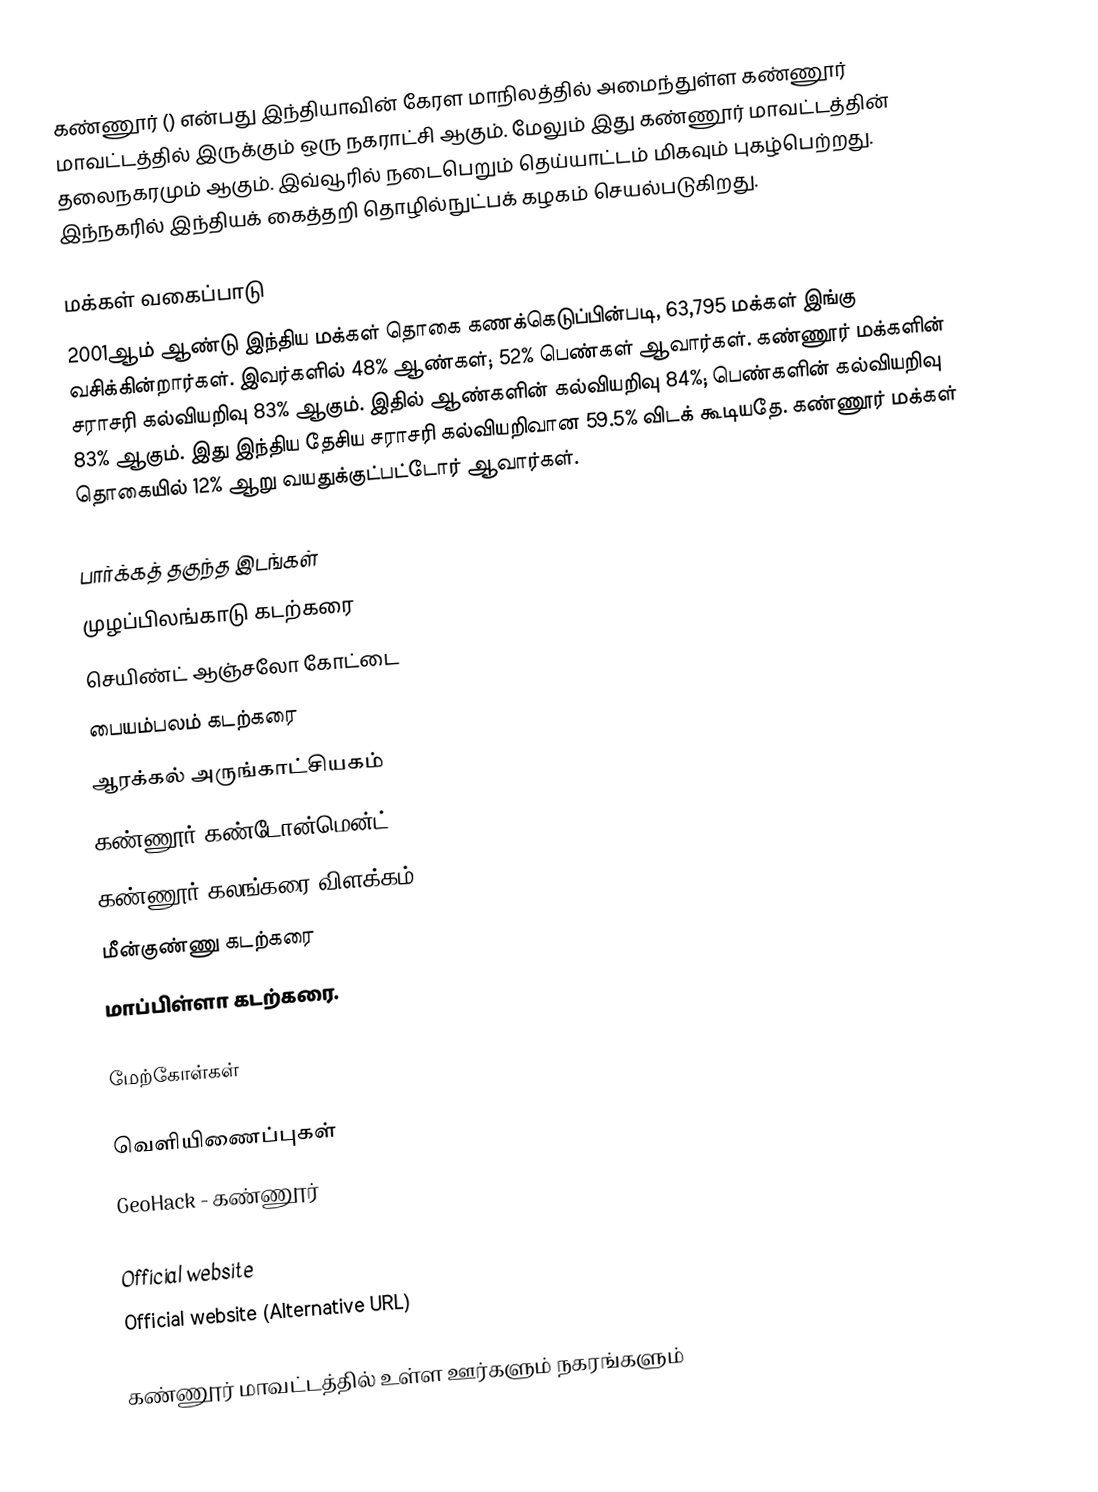
கண்ணூர் () என்பது இந்தியாவின் கேரள மாநிலத்தில் அமைந்துள்ள கண்ணூர் மாவட்டத்தில் இருக்கும் ஒரு நகராட்சி ஆகும். மேலும் இது கண்ணூர் மாவட்டத்தின் தலைநகரமும் ஆகும். இவ்வூரில் நடைபெறும் தெய்யாட்டம் மிகவும் புகழ்பெற்றது. இந்நகரில் இந்தியக் கைத்தறி தொழில்நுட்பக் கழகம் செயல்படுகிறது.

மக்கள் வகைப்பாடு
2001ஆம் ஆண்டு இந்திய மக்கள் தொகை கணக்கெடுப்பின்படி, 63,795 மக்கள் இங்கு வசிக்கின்றார்கள். இவர்களில் 48% ஆண்கள்; 52% பெண்கள் ஆவார்கள். கண்ணூர் மக்களின் சராசரி கல்வியறிவு 83% ஆகும். இதில் ஆண்களின் கல்வியறிவு 84%; பெண்களின் கல்வியறிவு 83% ஆகும். இது இந்திய தேசிய சராசரி கல்வியறிவான 59.5% விடக் கூடியதே. கண்ணூர் மக்கள் தொகையில் 12%  ஆறு வயதுக்குட்பட்டோர் ஆவார்கள்.

பார்க்கத் தகுந்த இடங்கள்
 முழப்பிலங்காடு கடற்கரை
 செயிண்ட் ஆஞ்சலோ கோட்டை
 பையம்பலம் கடற்கரை
 ஆரக்கல் அருங்காட்சியகம்
 கண்ணூர் கண்டோன்மென்ட்
 கண்ணூர் கலங்கரை விளக்கம்
 மீன்குண்ணு கடற்கரை
 மாப்பிள்ளா கடற்கரை.

மேற்கோள்கள்

வெளியிணைப்புகள்
 GeoHack - கண்ணூர்

 Official website
 Official website (Alternative URL)

கண்ணூர் மாவட்டத்தில் உள்ள ஊர்களும் நகரங்களும்